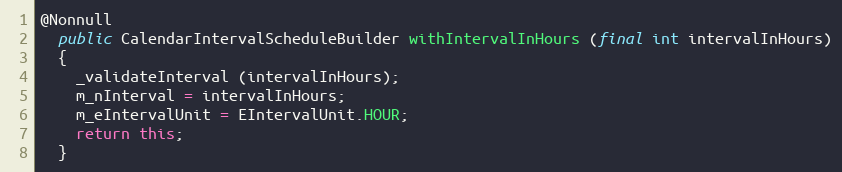
Language: Java
@Nonnull
  public CalendarIntervalScheduleBuilder withIntervalInHours (final int intervalInHours)
  {
    _validateInterval (intervalInHours);
    m_nInterval = intervalInHours;
    m_eIntervalUnit = EIntervalUnit.HOUR;
    return this;
  }